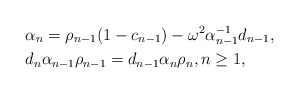
\begin{align*}&\alpha_n=\rho_{n-1}(1-c_{n-1})-\omega^2\alpha^{-1}_{n-1}d_{n-1}, \\&d_n\alpha_{n-1}\rho_{n-1}=d_{n-1}\alpha_{n}\rho_{n}, n\geq 1, \end{align*}